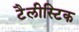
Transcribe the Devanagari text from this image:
टैलीस्टिक